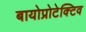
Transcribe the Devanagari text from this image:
बायोप्रोटेक्टिव